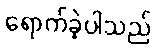
ရောက်ခဲ့ပါသည်